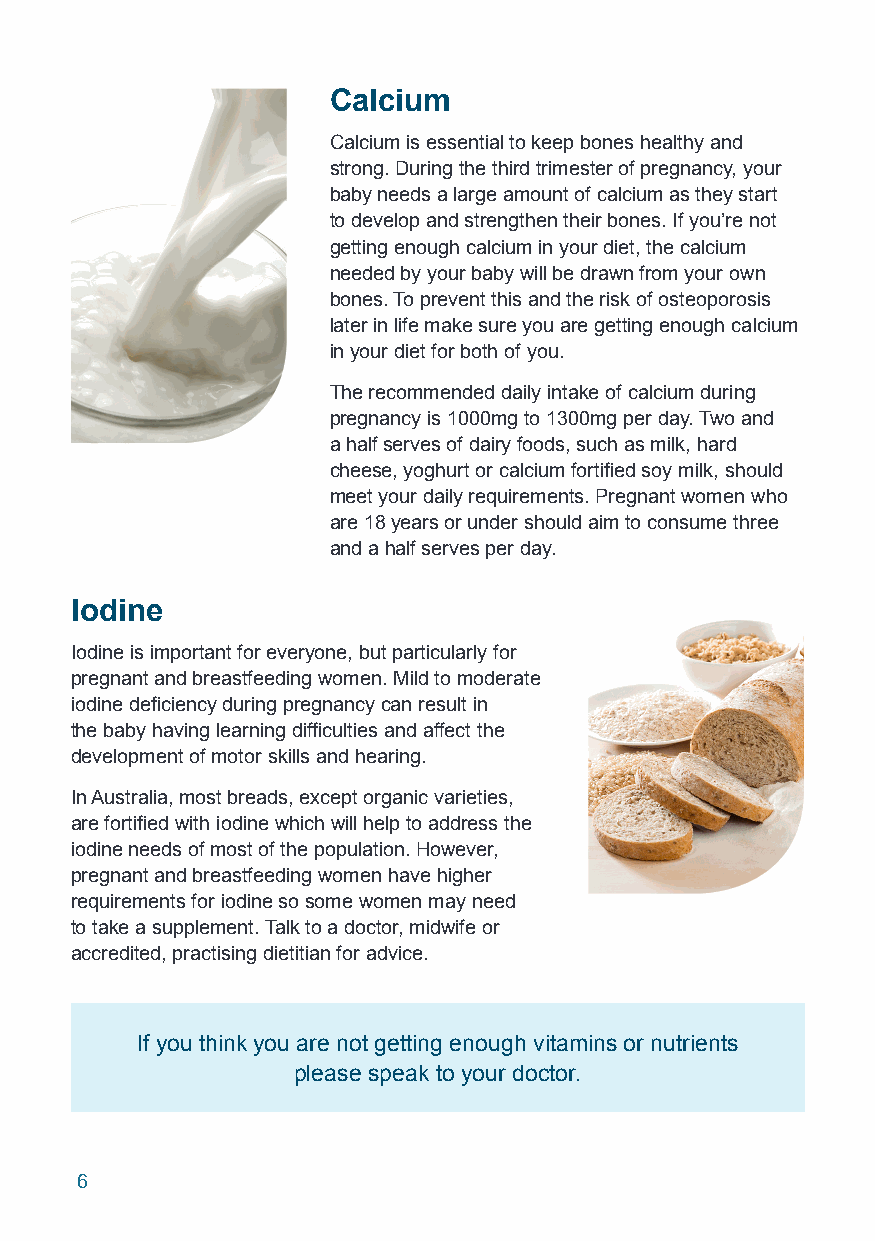
Calcium
 Calcium is essential to keep bones healthy and
 strong. During the third trimester of pregnancy, your
 baby needs a large amount of calcium as they start
 to develop and strengthen their bones. If you’re not
 getting enough calcium in your diet, the calcium
 needed by your baby will be drawn from your own
 bones. To prevent this and the risk of osteoporosis
 later in life make sure you are getting enough calcium
 in your diet for both of you.
 The recommended daily intake of calcium during
 pregnancy is 1000mg to 1300mg per day. Two and
 a half serves of dairy foods, such as milk, hard
 cheese, yoghurt or calcium fortified soy milk, should
 meet your daily requirements. Pregnant women who
 are 18 years or under should aim to consume three
 and a half serves per day.
 Iodine
 Iodine is important for everyone, but particularly for
 pregnant and breastfeeding women. Mild to moderate
 iodine deficiency during pregnancy can result in
 the baby having learning difficulties and affect the
 development of motor skills and hearing.
 In Australia, most breads, except organic varieties,
 are fortified with iodine which will help to address the
 iodine needs of most of the population. However,
 pregnant and breastfeeding women have higher
 requirements for iodine so some women may need
 to take a supplement. Talk to a doctor, midwife or
 accredited, practising dietitian for advice.
 If you think you are not getting enough vitamins or nutrients
 please speak to your doctor.
 6